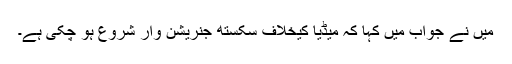
میں نے جواب میں کہا کہ میڈیا کیخلاف سکستھ جنریشن وار شروع ہو چکی ہے۔